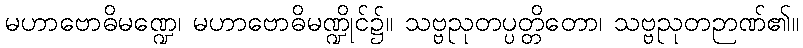
မဟာဗောဓိမဏ္ဍေ၊ မဟာဗောဓိမဏ္ဍိုင်၌။ သဗ္ဗညုတပ္ပတ္တိတော၊ သဗ္ဗညုတဉာဏ်၏။